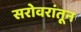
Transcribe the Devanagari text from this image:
सरोवरांतून